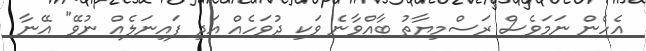
އެހެން ނަމަވެސް ރަސްމިޔާތު ބާއްވާނެ ވަކި ދުވަހެއް އަދި ފައިނަލެއް ނުވޭ" އޭނާ